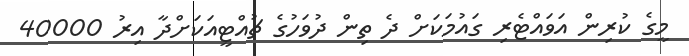
މީގެ ކުރިން އަވައްޓެރި ގައުމަކަށް ދެ ތިން ދުވަހުގެ ޗުއްޓީއަކަށްދާ އިރު 40000